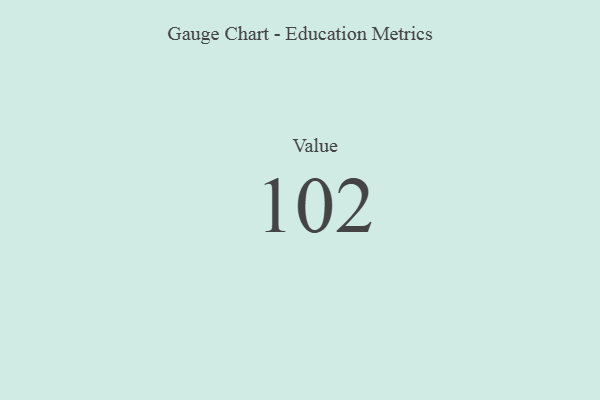
{"axis": {"x": "Metric", "y": "Value"}, "legend": [""], "data": [{"x": "Value", "y": 102, "type": ""}]}